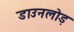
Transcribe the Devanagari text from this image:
डाउनलोड़